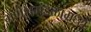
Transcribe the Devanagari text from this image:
गणेशमंडळामध्ये